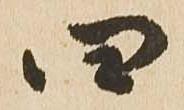
四